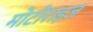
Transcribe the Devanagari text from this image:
मोटोराइज़